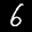
Label: 6